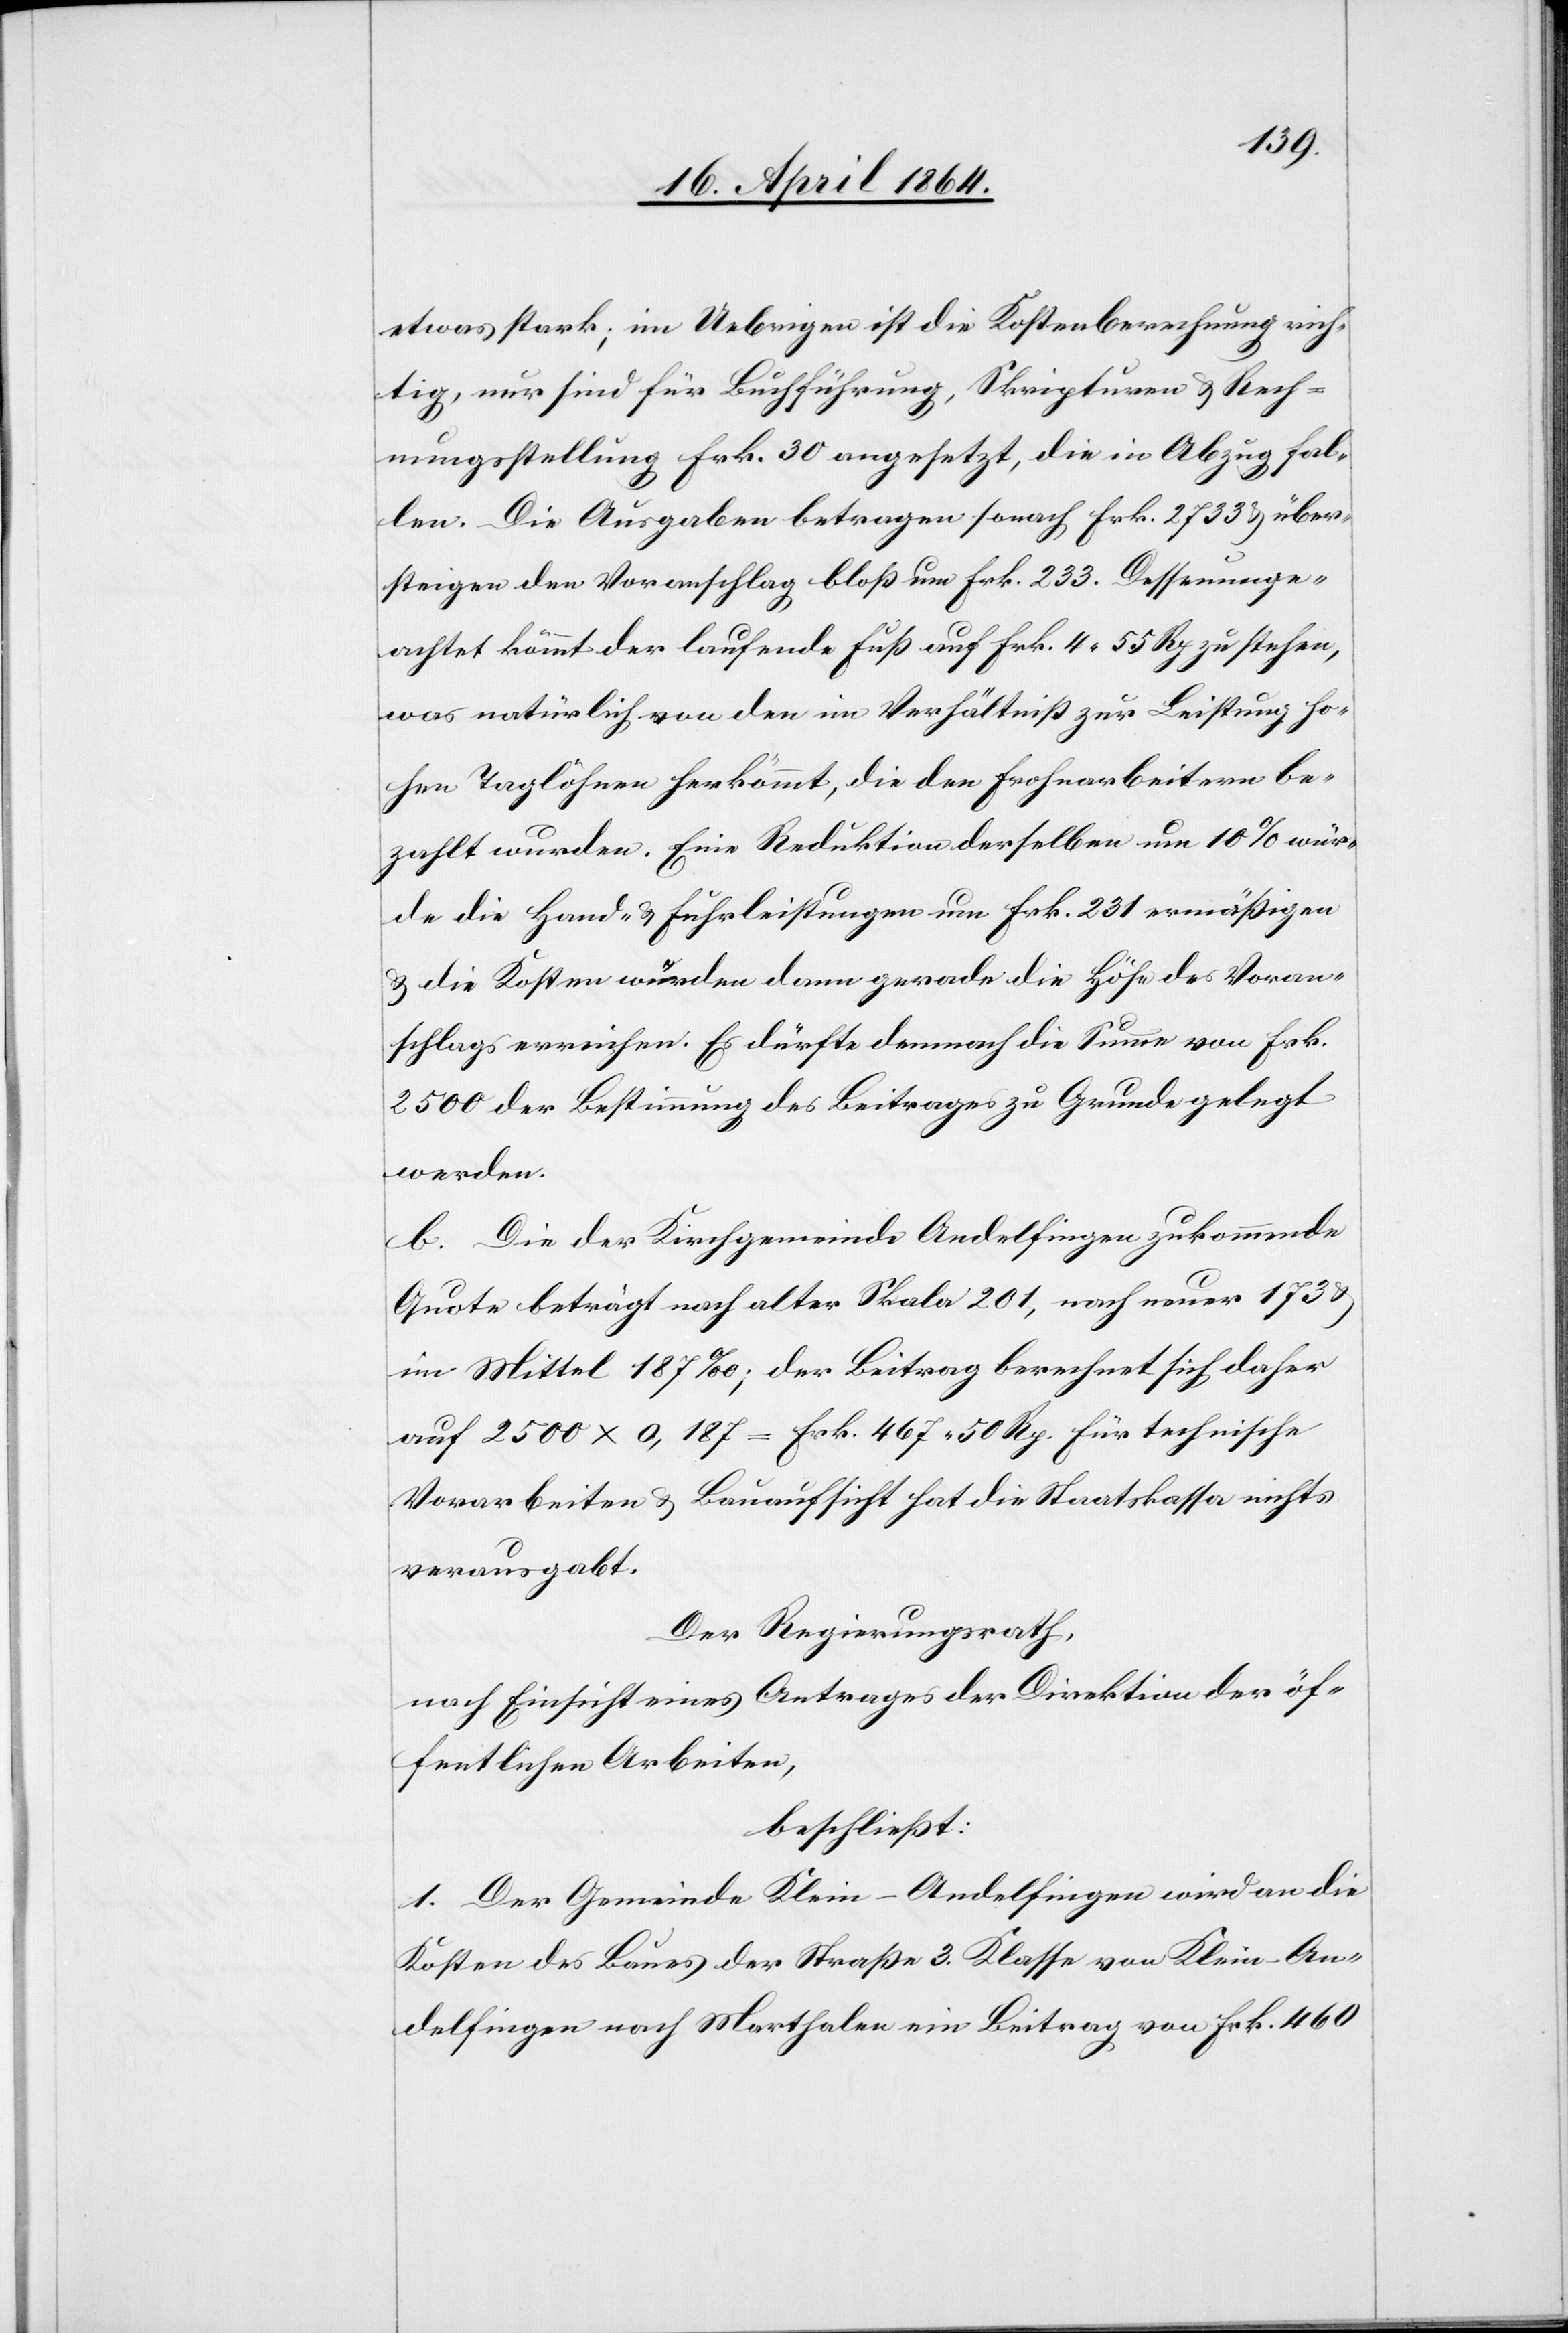
etwas stark; im Uebrigen ist die Kostenberechnung rich¬
tig, nur sind für Buchführung, Skripturen u. Rech¬
nungsstellung Frk. 30 angesetzt, die in Abzug fal¬
len. Die Ausgaben betragen sonach Frk. 2733 u. über¬
steigen den Voranschlag bloß um Frk. 233. Dessenunge¬
achtet kömmt der laufende Fuß auf Frk. 4 55 Rp zu stehen,
was natürlich von den im Verhältniß zur Leistung ho¬
hen Taglöhnen herkömmt, die den Frohnarbeitern be¬
zahlt wurden. Eine Reduktion derselben um 10% wür¬
de die Hand- u. Fuhrleistungen um Frk. 231 ermäßigen
u. die Kosten würden dann gerade die Höhe des Voran¬
schlags erreichen. Es dürfte demnach die Summe von Frk.
2500 der Bestimmung des Beitrages zu Grunde gelegt
werden.
b. Die der Kirchgemeinde Andelfingen zukommende
Quote beträgt nach alter Skala 201, nach neuer 173
im Mittel 187‰; der Beitrag berechnet sich daher
auf 2500 x 0,187 = Frk. 467 50 Rp. Für technische
Vorarbeiten u. Bauaufsicht hat die Staatskassa nichts
verausgabt.
Der Regierungsrath,
nach Einsicht eines Antrages der Direktion der öf¬
fentlichen Arbeiten,
beschließt:
1. Der Gemeinde Klein-Andelfingen wird an die
Kosten des Baues der Straße 3. Klasse von Klein-An¬
delfingen nach Marthalen ein Beitrag von Frk. 460